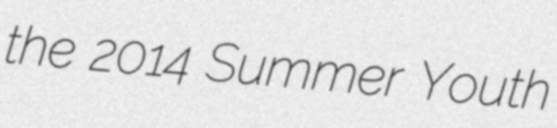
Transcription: the 2014 Summer Youth